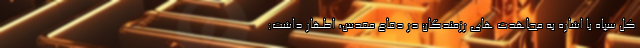
کل سپاه با اشاره به مجاهدت های رزمندگان در دفاع مقدس، اظهار داشت: